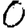
Digit: 0